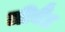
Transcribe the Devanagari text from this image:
लीवैंट